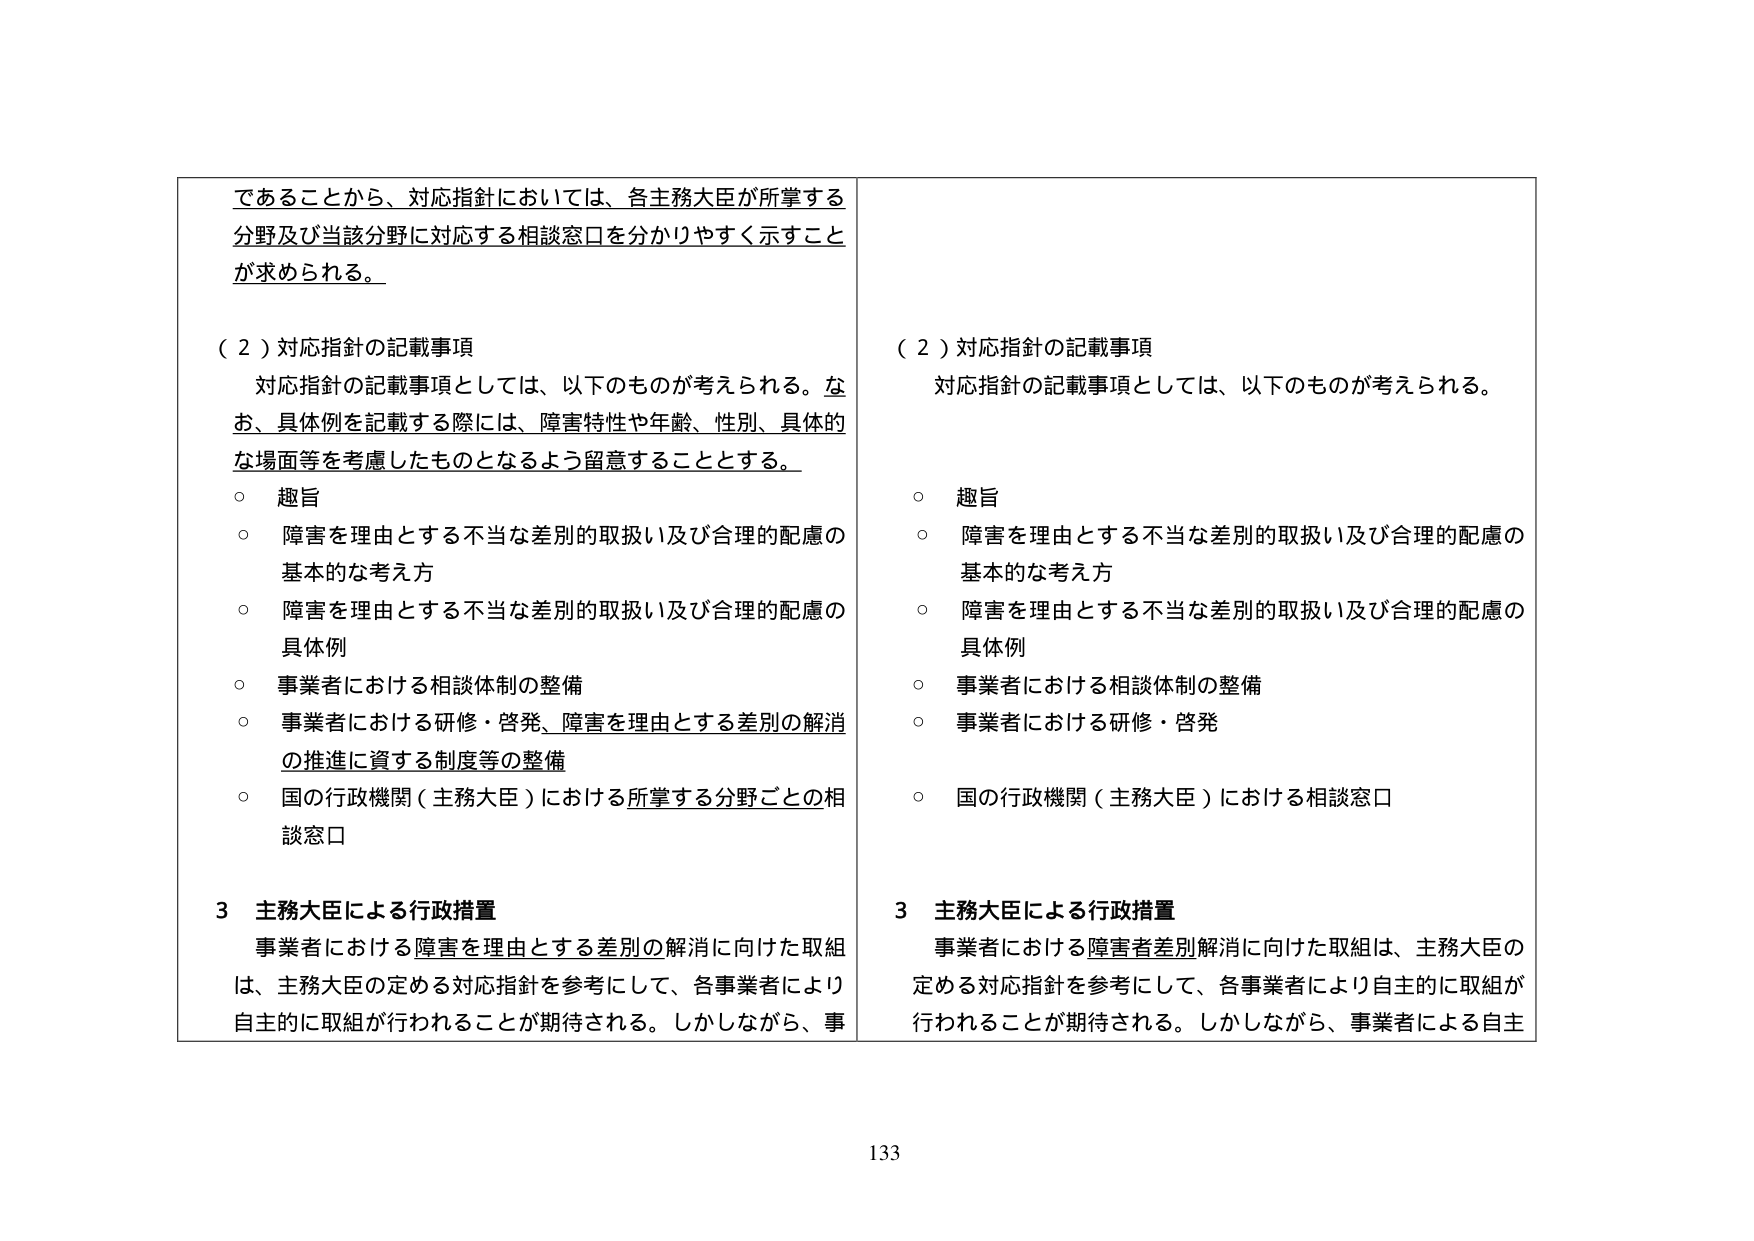
であることから、対応指針においては、各主務大臣が所掌する分野及び当該分野に対応する相談窓口を分かりやすく示すことが求められる。

（２）対応指針の記載事項
　対応指針の記載事項としては、以下のものが考えられる。なお、具体例を記載する際には、障害特性や年齢、性別、具体的な場面等を考慮したものとなるよう留意することとする。
　○ 趣旨
　○ 障害を理由とする不当な差別的取扱い及び合理的配慮の基本的な考え方
　○ 障害を理由とする不当な差別的取扱い及び合理的配慮の具体例
　○ 事業者における相談体制の整備
　○ 事業者における研修・啓発、障害を理由とする差別の解消の推進に資する制度等の整備
　○ 国の行政機関（主務大臣）における所掌する分野ごとの相談窓口

３ 主務大臣による行政措置
　事業者における障害を理由とする差別の解消に向けた取組は、主務大臣の定める対応指針を参考にして、各事業者により自主的に取組が行われることが期待される。しかしながら、事

（２）対応指針の記載事項
　対応指針の記載事項としては、以下のものが考えられる。
　○ 趣旨
　○ 障害を理由とする不当な差別的取扱い及び合理的配慮の基本的な考え方
　○ 障害を理由とする不当な差別的取扱い及び合理的配慮の具体例
　○ 事業者における相談体制の整備
　○ 事業者における研修・啓発
　○ 国の行政機関（主務大臣）における相談窓口

３ 主務大臣による行政措置
　事業者における障害者差別解消に向けた取組は、主務大臣の定める対応指針を参考にして、各事業者により自主的に取組が行われることが期待される。しかしながら、事業者による自主

133